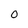
Character: 0